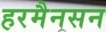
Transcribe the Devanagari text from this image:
हरमैनसन